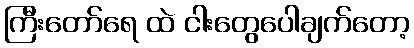
ကြီးတော်ရေ ထဲ ငါးတွေပေါချက်တော့